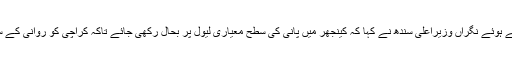
کراچی سے متعلق بات کرتے ہوئے نگراں وزیراعلی سندھ نے کہا کہ کینجھر میں پانی کی سطح معیاری لیول پر بحال رکھی جائے تاکہ کراچی کو روانی کے ساتھ پانی فراہم کیا جاسکے ۔